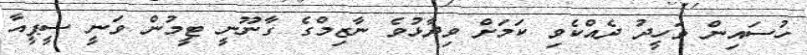
ހުސައިން ވަހީދު ދެއްކެވި ކަމަށް ވިދާޅުވެ ނާޒިމްގެ ގާނޫނީ ޓީމުން ވަނީ ސީޕީއާ